Report on inoculation in the plague infected areas of the Punjab and its dependencies from October 1900 to September 1901
Year: 1900
Disease focus: Plague
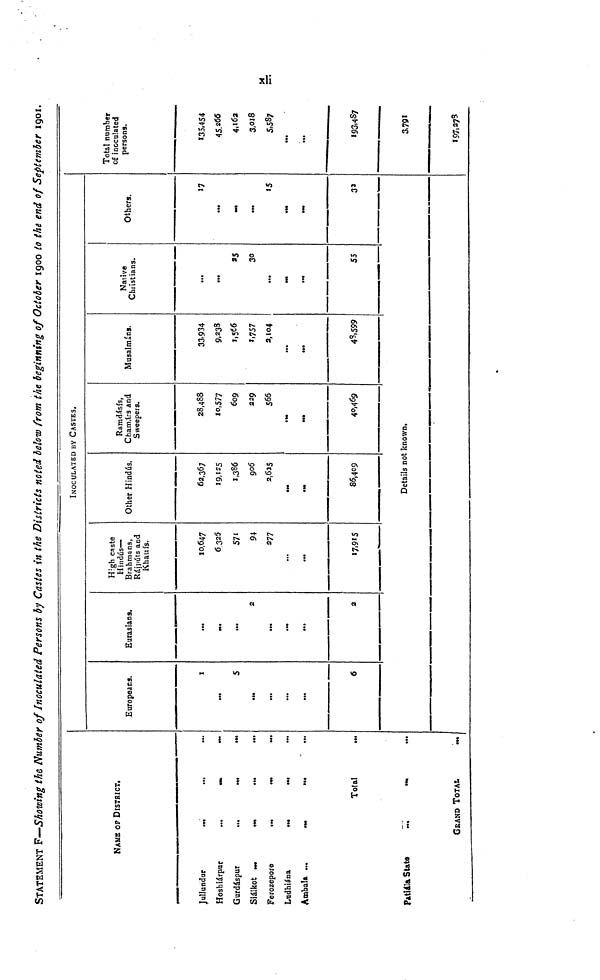
xli
STATEMENT F—Showing the Number of Inoculated Persons by Castes in the Districts noted below from the beginning of October 1900 to the end of September 1901.
NAME OF DISTRICT.
Jullundur
...
Hoshiárpur
...
Gurdáspur
,..
Siálkot
Ferozepore
Ludhiána
Ambala
Total
Patiála
State
GRAND TOTAL
».
INOCULATED BY CASTES.
Europeans.
1
...
S
...
...
...
6
Eurasians.
...
...
2
...
...
2
High caste
Hindús—
Brahmans,
Rájpúts and
Khatrís.
10,647
6.325
571
94
277
...
...
17,915
Other Hindús.
62,367
19,125
1,386
906
2,625
85,409
Ramdásís,
Chamárs And
Sweepers.
28,488
10,577
609
229
566
...
40,469
Details not known.
Musalmáns.
33:934
9,238
1,566
1,757
2,104
...
...
48,599
Native
Christians.
...
25
30
...
55
Others.
17
...
...
15
32
Total number
of inoculated
persons.
135,454
45.266
4.l6a
3,0l8
5,587
...
...
193,487
3,791
197,278